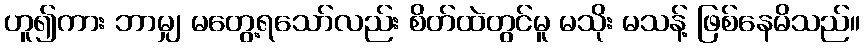
ဟူ၍ကား ဘာမျှ မတွေ့ရသော်လည်း စိတ်ထဲတွင်မူ မသိုး မသန့် ဖြစ်နေမိသည်။